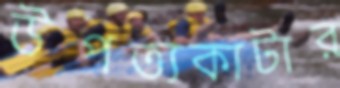
উপত্যকাটার